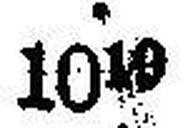
1010